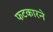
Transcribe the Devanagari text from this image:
फटकारने